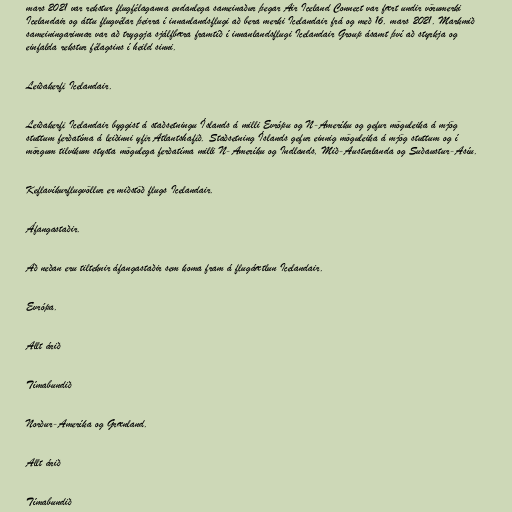
mars 2021 var rekstur flugfélaganna endanlega sameinaður þegar Air Iceland Connect var fært undir vörumerki
Icelandair og áttu flugvélar þeirra í innanlandsflugi að bera merki Icelandair frá og með 16. mars 2021. Markmið
sameiningarinnar var að tryggja sjálfbæra framtíð í innanlandsflugi Icelandair Group ásamt því að styrkja og
einfalda rekstur félagsins í heild sinni.

Leiðakerfi Icelandair.

Leiðakerfi Icelandair byggist á staðsetningu Íslands á milli Evrópu og N-Ameríku og gefur möguleika á mjög
stuttum ferðatíma á leiðinni yfir Atlantshafið. Staðsetning Íslands gefur einnig möguleika á mjög stuttum og í
mörgum tilvikum stysta mögulega ferðatíma milli N-Ameríku og Indlands, Mið-Austurlanda og Suðaustur-Asíu.

Keflavíkurflugvöllur er miðstöð flugs Icelandair.

Áfangastaðir.

Að neðan eru tilteknir áfangastaðir sem koma fram á flugáætlun Icelandair.

Evrópa.

Allt árið

Tímabundið

Norður-Ameríka og Grænland.

Allt árið

Tímabundið